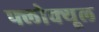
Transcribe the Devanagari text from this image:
फ्लोक्यूल